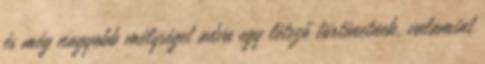
és még nagyobb mélységet adva egy létező történetnek, valamint